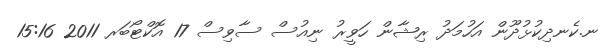
ނ.ކެނދިކުޅުދޫން އަހުމަދު ރިޝާން ހަވީރު ނިއުސް ސާވިސް 17 އޮކްޓޯބަރ 2011 15:16